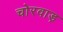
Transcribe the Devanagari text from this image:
चोरवाड़